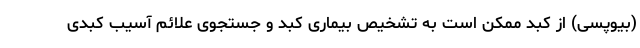
(بیوپسی) از کبد ممکن است به تشخیص بیماری کبد و جستجوی علائم آسیب کبدی